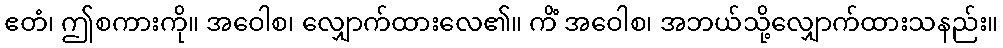
ဧတံ၊ ဤစကားကို။ အဝေါစ၊ လျှောက်ထားလေ၏။ ကိံ အဝေါစ၊ အဘယ်သို့လျှောက်ထားသနည်း။